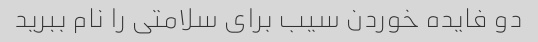
دو فایده خوردن سیب برای سلامتی را نام ببرید